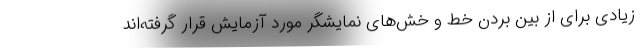
زیادی برای از بین بردن خط و خش‌های نمایشگر مورد آزمایش قرار گرفته‌اند